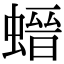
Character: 𧎽